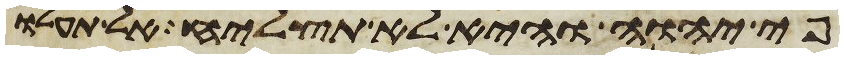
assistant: פי יהוה והיא לא תצליח אל תעלו